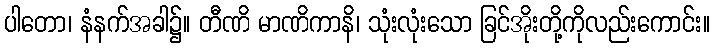
ပါတော၊ နံနက်အခါ၌။ တီဏိ မာဏိကာနိ၊ သုံးလုံးသော ခြင်အိုးတို့ကိုလည်းကောင်း။